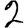
Digit: 2